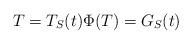
LaTeX: \begin{align*} T=T_S(t)\Phi(T)=G_S(t) \end{align*}